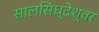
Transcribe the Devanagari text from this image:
सालसिध्‍देश्‍वर